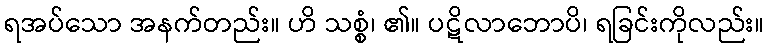
ရအပ်သော အနက်တည်း။ ဟိ သစ္စံ၊ ၏။ ပဋိလာဘောပိ၊ ရခြင်းကိုလည်း။